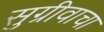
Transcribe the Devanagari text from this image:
सुग्रीवाचा